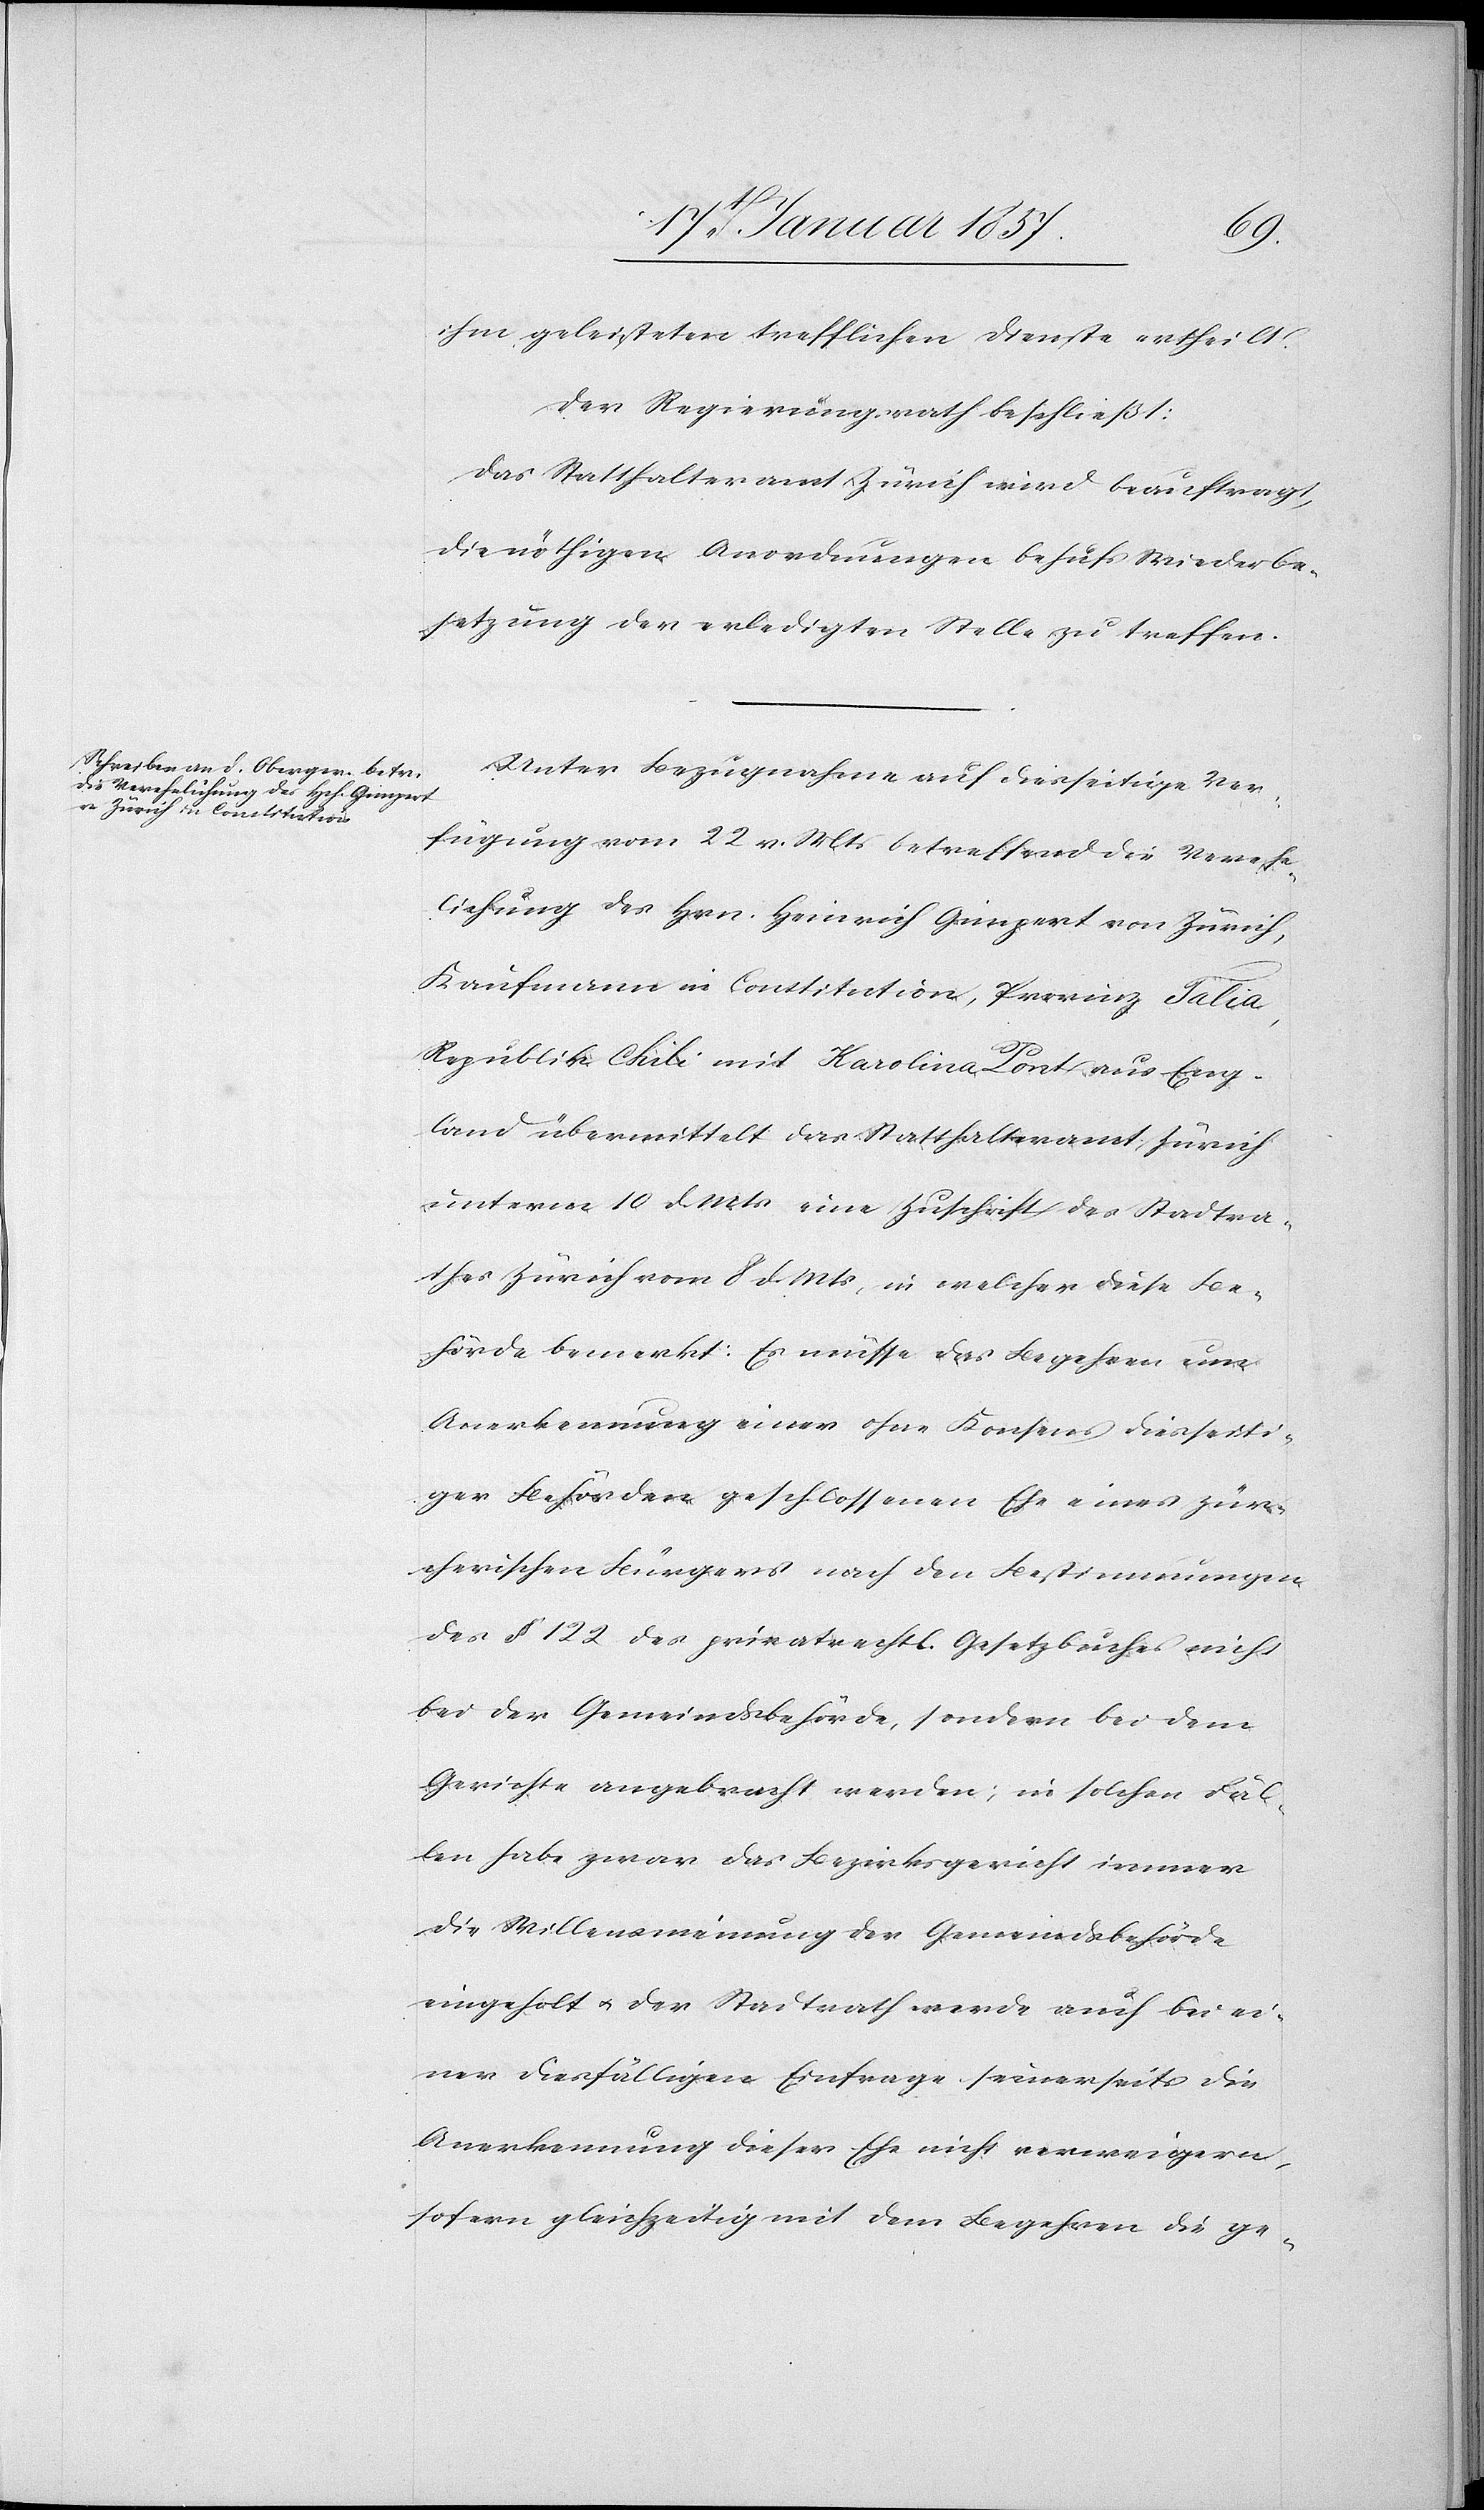
ihm geleisteten trefflichen Dienste ertheilt.
Der Regierungsrath beschließt:
Das Statthalteramt Zürich wird beauftragt,
die nöthigen Anordnungen behufs Wiederbe¬
setzung der erledigten Stelle zu treffen.
Unter Bezugnahme auf diesseitige Ver¬
fügung vom 22 v. Mts betreffend die Verehe¬
lichung des Hrn. Heinrich Gimpert von Zürich,
Kaufmann in Constitution, Provinz Talia,
Republik Chili mit Karolina Pont aus Eng¬
land übermittelt das Statthalteramt Zürich
unterm 10 d. Mts eine Zuschrift des Stadtra¬
thes Zürich vom 8 d. Mts, in welcher diese Be¬
hörde bemerkt: Es müsse das Begehren um
Anerkennung eines ohne Konsens diesseiti¬
ger Behörden geschlossenen Ehe eines zür¬
cherischen Bürgers nach den Bestimmungen
des § 122 des privatrechtl. Gesetzbuches nicht
bei der Gemeindsbehörde, sondern bei dem
Gerichte angebracht werden; in solchen Fäl¬
len habe zwar das Bezirksgericht immer
die Willensmeinung der Gemeindsbehörde
eingeholt u. der Stadtrath werde auch bei ei¬
ner diesfälligen Einfrage seinerseits die
Anerkennung dieser Ehe nicht verweigern,
sofern gleichzeitig mit dem Begehren die ge-